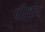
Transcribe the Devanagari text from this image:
पीरबोय